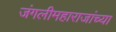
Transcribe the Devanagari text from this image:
जंगलीमहाराजांच्या